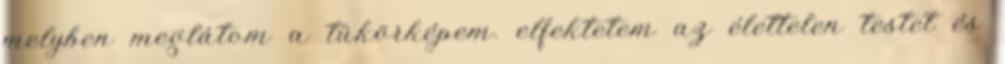
melyben meglátom a tükörképem. elfektetem az élettelen testet és